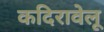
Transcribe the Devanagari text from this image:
कदिरावेलू